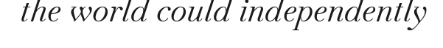
the world could independently